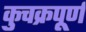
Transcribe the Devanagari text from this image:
कुचक्रपूर्ण